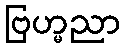
ဗြဟ္မညာ